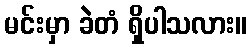
မင်းမှာ ခဲတံ ရှိပါသလား။